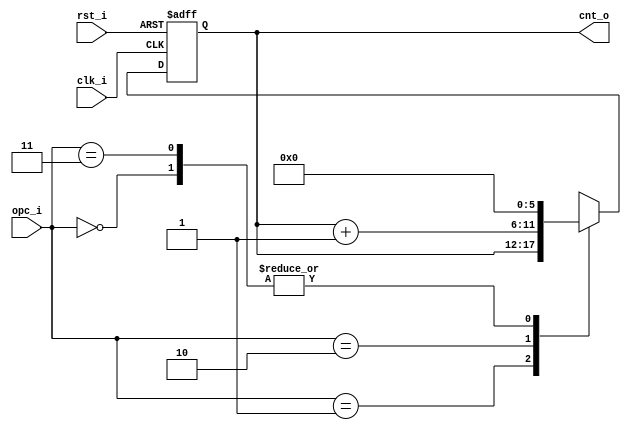
// Name: counter_r.v
//
// Description: Contador descendente utilizado para contar los pulsos de dclk

module counter_r #(
  parameter Width = 6
) (
  input               rst_i,
  input               clk_i,
  input        [1:0]  opc_i,
  output [Width-1:0]  cnt_o
);

  reg [Width-1:0] mux_d, reg_q;

  always @(opc_i, reg_q) begin
    case (opc_i)
      2'b00 : mux_d = 0;
      2'b01 : mux_d = reg_q;
      2'b10 : mux_d = reg_q + 1;
      2'b11 : mux_d = 0;
      default : mux_d = 0;
    endcase
  end

  always @(posedge clk_i, posedge rst_i) begin
    if (rst_i)
      reg_q <= 0;
    else
      reg_q <= mux_d;
  end

  assign cnt_o = reg_q;

endmodule